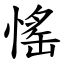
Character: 愮